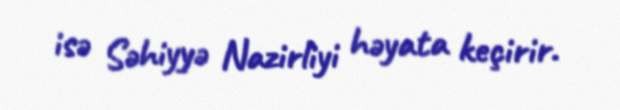
isə Səhiyyə Nazirliyi həyata keçirir.